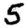
Digit: 5